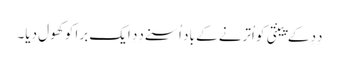
دِدِ کے پینتی کو اُترنے کے باد اُسنے دِدِ ایک برا کو کھول دِیا۔